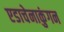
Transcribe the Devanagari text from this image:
एडाचेनाकुंगन